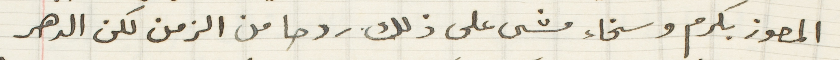
المعوز بكرم وسخاء مشى على ذلك ردحا من الزمن لكن الدهر